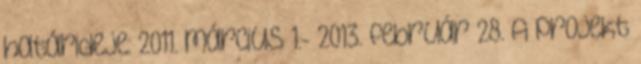
határideje: 2011. március 1.- 2013. február 28. A projekt